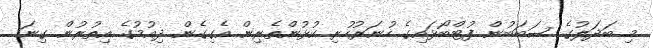
މި ބަދަލުގެ ސަބަބުން ފުޓްބޯޅައިގެ ހުނަރުހުރި ކުޅުންތެރިން އެގިގެން ދިއުމުގެ އިތުރުން ގިނަ